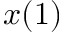
x ( 1 )